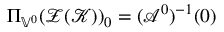
\Pi _ { \mathbb { V } ^ { 0 } } ( \mathcal { Z } ( \mathcal { K } ) ) _ { 0 } = ( \mathcal { A } ^ { 0 } ) ^ { - 1 } ( 0 )